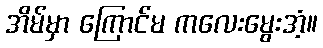
အိမ်မှာ ကြောင်မ ကလေးမွေးအံ့။